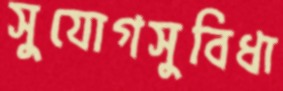
সুযোগসুবিধা